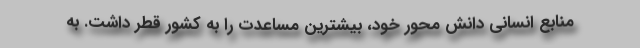
منابع انسانی دانش محور خود، بیشترین مساعدت را به کشور قطر داشت. به